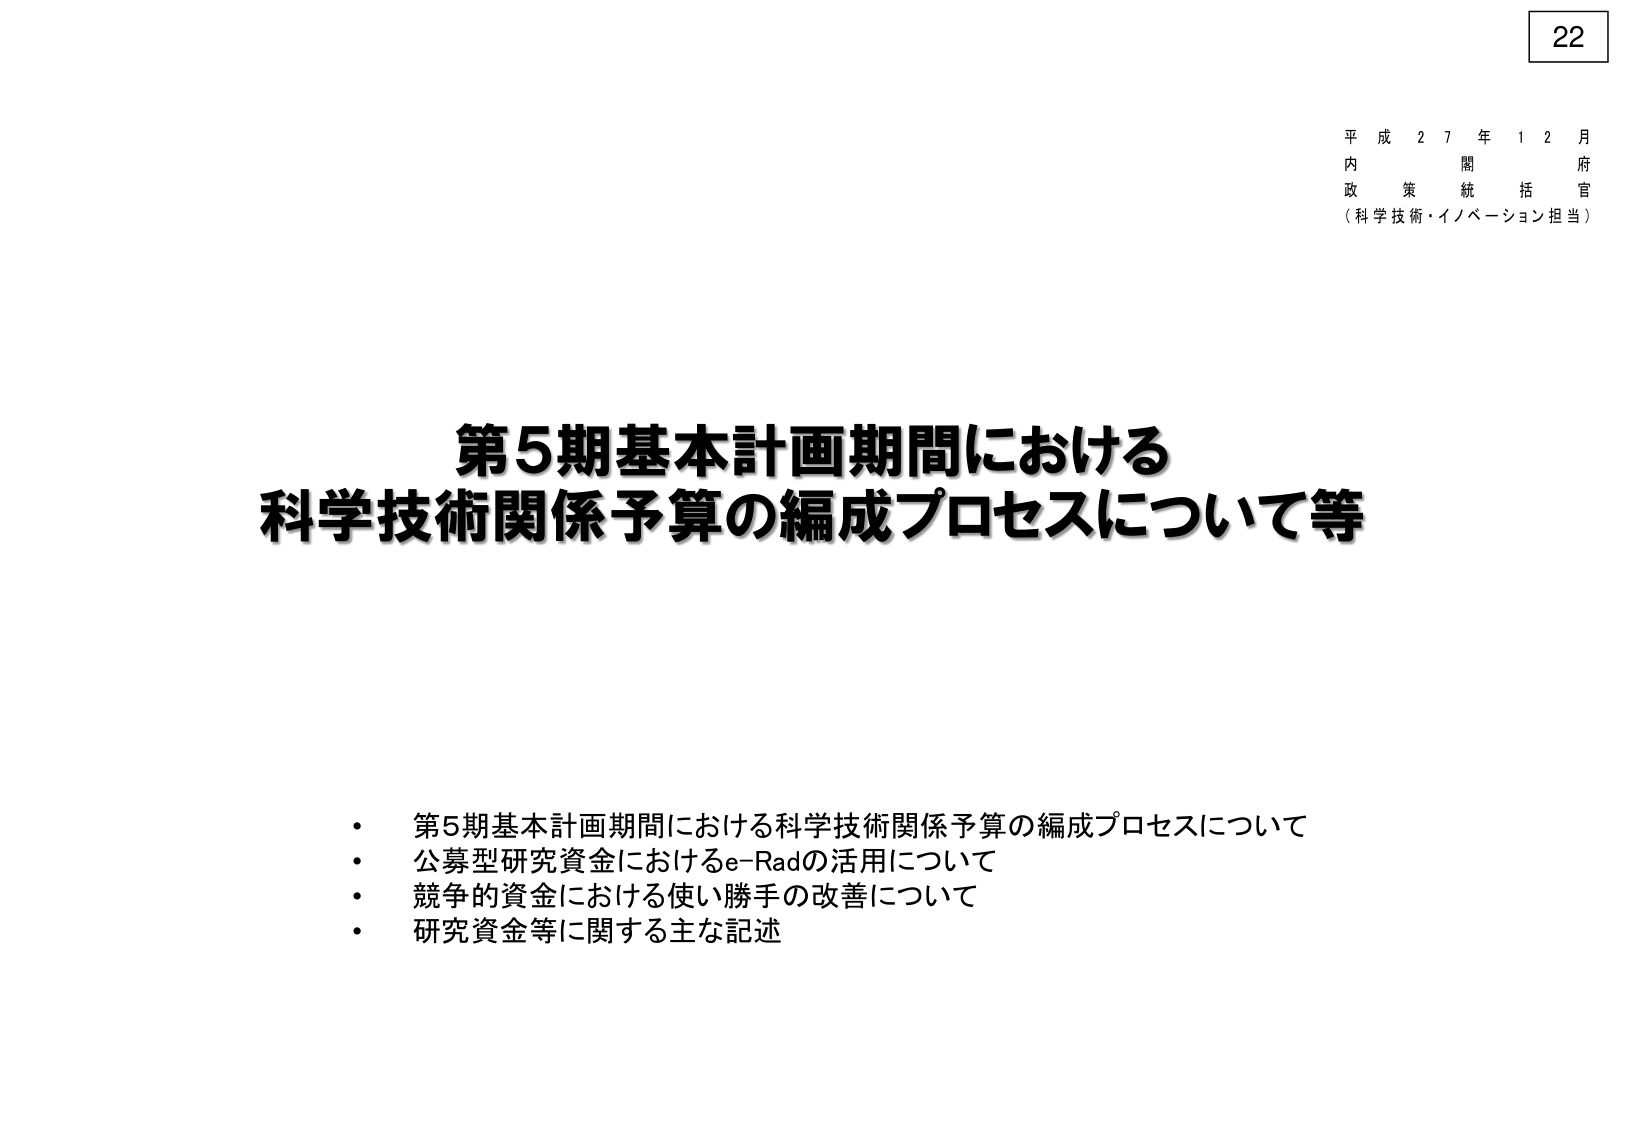
22
平成27年12月
内閣府
政策統括官
（科学技術・イノベーション担当）

第5期基本計画期間における
科学技術関係予算の編成プロセスについて等

・ 第5期基本計画期間における科学技術関係予算の編成プロセスについて
・ 公募型研究資金におけるe-Radの活用について
・ 競争的資金における使い勝手の改善について
・ 研究資金等に関する主な記述